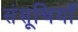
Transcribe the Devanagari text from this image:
संसूचियाँ